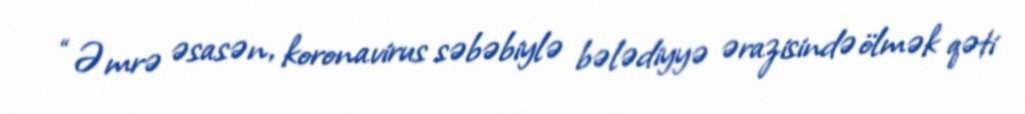
“Əmrə əsasən, koronavirus səbəbiylə bələdiyyə ərazisində ölmək qəti